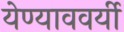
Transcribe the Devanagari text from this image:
येण्याववर्यी